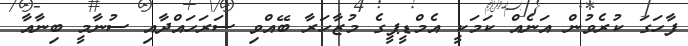
ފާހަގަ ކުރެވުން އަނެއް ކަމަކީ އެމްޑީޕީގެ މުޒާހަރާ ބޭއްވި ސަރަހައްދާއި ސުނާމީ ބިނާއާ